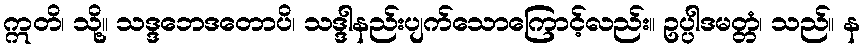
ဣတိ၊ သို့။ သဒ္ဒဘေဒတောပိ၊ သဒ္ဒါနည်းပျက်သောကြောင့်လည်း။ ဥပ္ပါဒမတ္တံ၊ သည်။ န